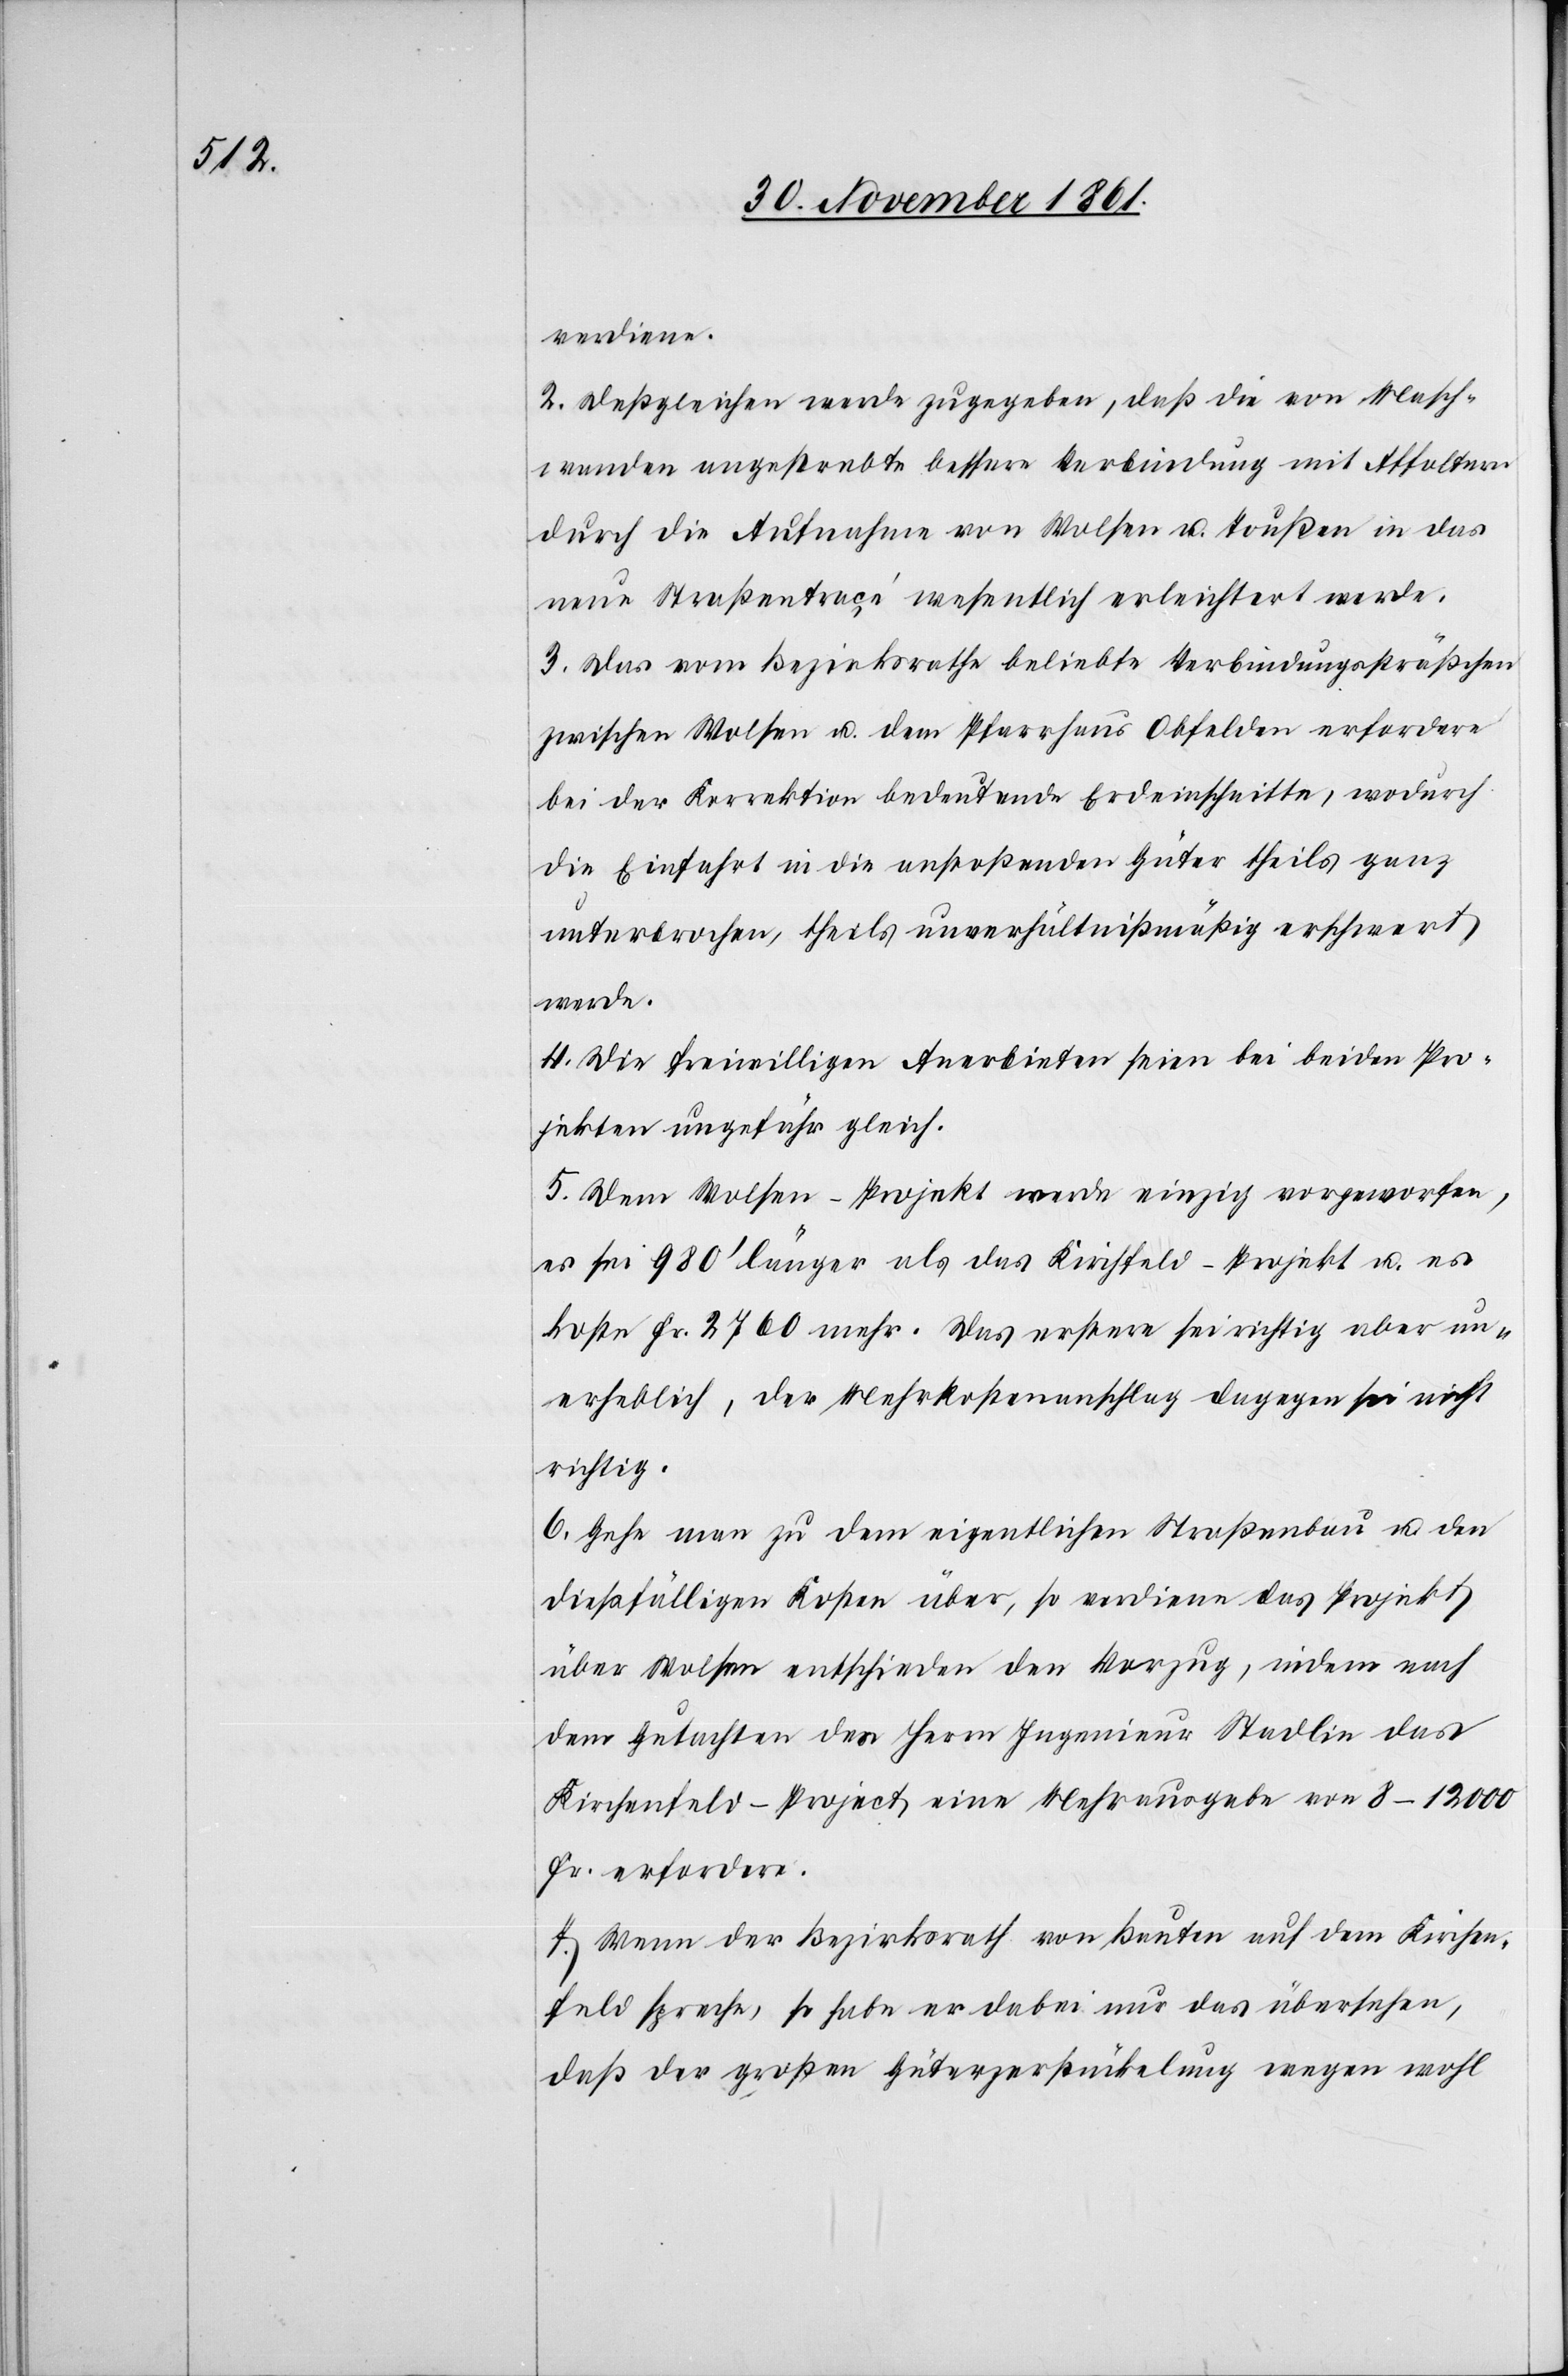
verdiene.
2. Deßgleichen werde zugegeben, daß die von Masch¬
wanden angestrebte bessere Bindung mit Affoltern
durch die Aufnahme von Wolsen u. Toußen in das
neue Straßentracé wesentlich erleichtert werde.
3. Das vom Bezirksrathe beliebte Verbindungssträßchen
zwischen Wolsen u. dem Pfarrhaus Obfelden erfordere
bei der Korrektion bedeutende Erdeinschnitte, wodurch
die Einfahrt in die anstoßenden Güter theils ganz
unterbrochen, theils unverhältnißmäßig erschwert
werde.
4. Die freiwilligen Anerbieten seien bei beiden Pro¬
jekten ungefähr gleich.
5. Dem Wolsen-Projekt werde einzig vorgeworfen,
es sei 980’ länger als das Kirchfeld-Projekt u. es
koste Fr. 2760 mehr. Das erstere sei richtig aber un¬
erheblich, der Mehrkostenanschlag dagegen sei nicht
richtig.
6. Gehe man zu dem eigentlichen Straßenbau u. den
dießfälligen Kosten über, so verdiene das Projekt
über Wolsen entschieden den Vorzug, indem nach
dem Gutachten des Herrn Ingenieur Stadlin das
Kirchenfeld-Project eine Mehrausgabe von 8–12 000
Fr. erfordere.
7. Wenn der Bezirksrath von Bauten auf dem Kirchen¬
feld spreche, so habe er dabei nur das übersehen,
daß der großen Güterzerstückelung wegen wohl